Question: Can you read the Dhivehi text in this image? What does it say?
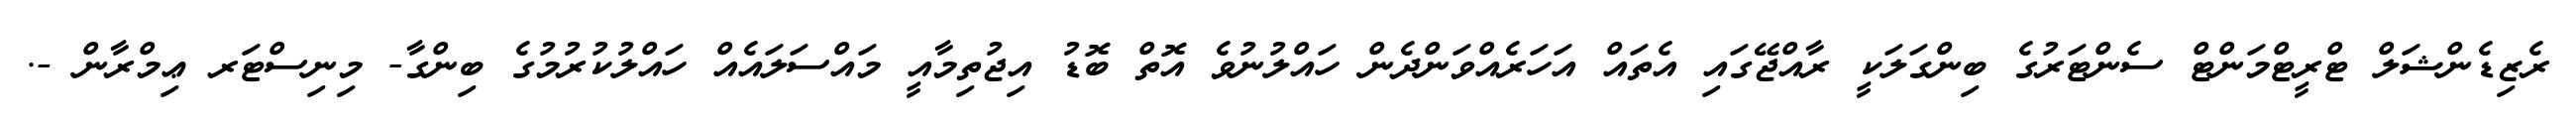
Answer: ރެޒިޑެންޝަލް ޓްރީޓްމަންޓް ސެންޓަރުގެ ބިންގަލަކީ ރާއްޖޭގައި އެތައް އަހަރެއްވަންދެން ހައްލުނުވެ އޮތް ބޮޑު އިޖުތިމާއީ މައްސަލައެއް ހައްލުކުރުމުގެ ބިންގާ- މިނިސްޓަރ ޢިމްރާން -.